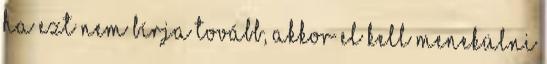
ha ezt nem bírja tovább, akkor el kell menekülni